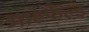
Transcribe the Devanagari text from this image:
आल्फेल्ड